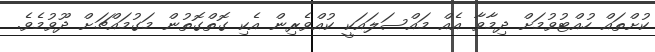
ކުށްތައް ހުއްޓުވުމަށް ދިމާވާ އެއް މައްސަލައަކީ ކުއްވެރިން އެކި ގޮތްގޮތުން މަގުމައްޗަށް ދޫވުމެވެ.